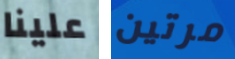
علينا مرتين